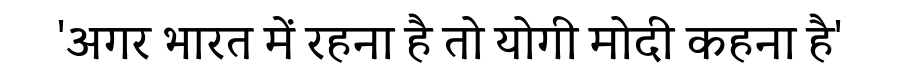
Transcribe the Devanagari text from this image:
'अगर भारत में रहना है तो योगी मोदी कहना है'